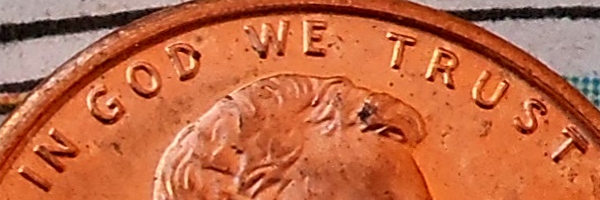
IN GOD WE TRUST